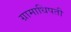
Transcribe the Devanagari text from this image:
ग्रामाधिपती